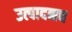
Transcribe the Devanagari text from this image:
उत्पादनच